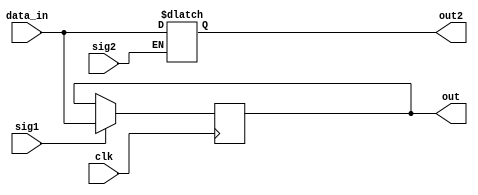
`timescale 1ns / 1ps


module inferred_latch(
    input wire clk,
    input wire sig1,sig2,
    output reg[31:0] out,out2,
    input wire[31:0]data_in);
    
    always@(posedge clk)begin
     if(sig1)begin
      out<= data_in;
     end
    
    end
    
    always @* begin
     if(sig2)begin
      out2= data_in;
     end
    end
endmodule